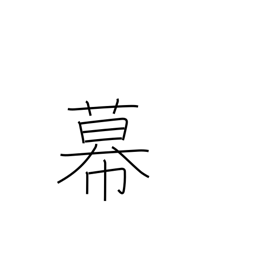
Meaning: bunting